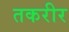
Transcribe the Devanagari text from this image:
तकरीर